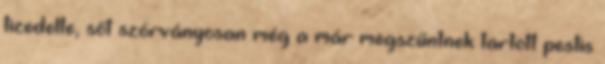
tizedelte, sőt szórványosan még a már megszűntnek tartott pestis